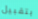
بتقبيل